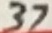
Text: 37